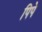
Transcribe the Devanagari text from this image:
पिपे